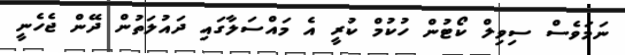
ނަމަވެސް ސިވިލް ކޯޓުން ހުކުމް ކުރީ އެ މައްސަލާގައި ދައުލަތުން ދޭން ޖެހެނީ